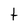
Character: t